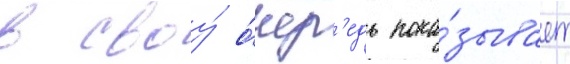
в своу́ о́чер'едь пока́зывает